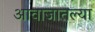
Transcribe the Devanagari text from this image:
आवाजातल्या